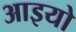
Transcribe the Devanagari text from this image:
आइयो